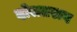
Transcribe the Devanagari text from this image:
दोलतराव